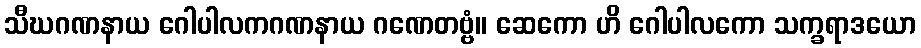
သီဃဂဏနာယ ဂေါပါလကဂဏနာယ ဂဏေတဗ္ဗံ။ ဆေကော ဟိ ဂေါပါလကော သက္ခရာဒယော